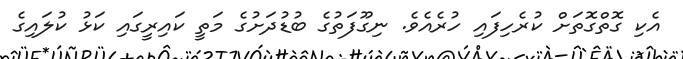
އެކި ގޮތްގޮތަށް ކުރެހިފައި ހުރެއެވެ. ނިގޫފަތުގެ ބުޑުދަށުގެ މަތީ ކައިރީގައި ކަޅު ކުލައިގެ